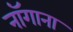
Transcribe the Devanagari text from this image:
नॉगाना